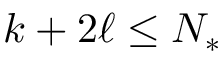
k + 2 \ell \leq N _ { * }